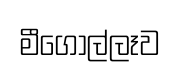
මීගොල්ලෑව